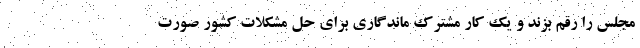
مجلس را رقم بزند و یک کار مشترک ماندگاری برای حل مشکلات کشور صورت